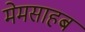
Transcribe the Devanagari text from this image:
मेमसाहब